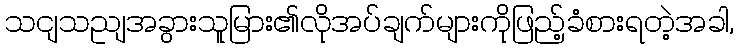
သငျသညျအခွားသူမြား၏လိုအပ်ချက်များကိုဖြည့်ခံစားရတဲ့အခါ,